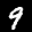
Label: 9